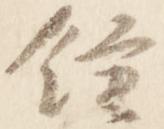
鐘